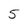
Character: 5